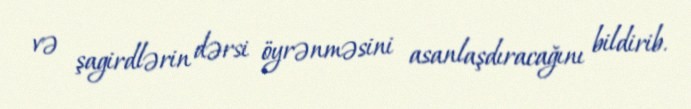
və şagirdlərin dərsi öyrənməsini asanlaşdıracağını bildirib.